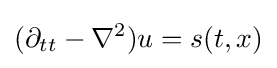
(\partial _{tt}-\nabla ^{2})u=s(t,x)